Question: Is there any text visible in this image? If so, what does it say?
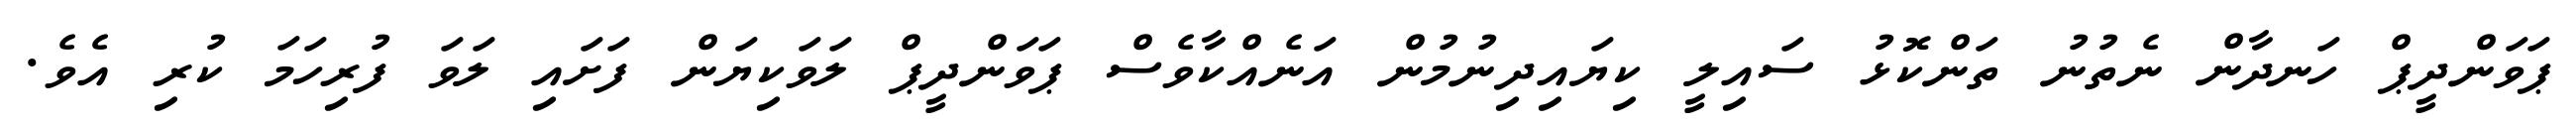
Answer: ޕަވަންދީޕް ހަނދާން ނެތުނު ތަންކޮޅު ސައިލީ ކިޔައިދިނުމުން އަނެއްކާވެސް ޕަވަންދީޕް ލަވަކިޔަން ފަށައި ލަވަ ފުރިހަމަ ކުރި އެވެ.